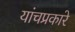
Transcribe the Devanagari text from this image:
यांचप्रकारे